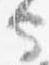
守